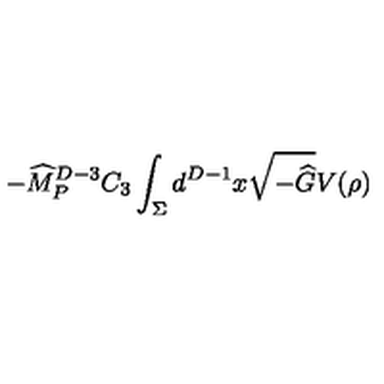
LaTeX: - { \widehat M } _ { P } ^ { D - 3 } C _ { 3 } \int _ { \Sigma } d ^ { D - 1 } x \sqrt { - { \widehat G } } V ( \rho )